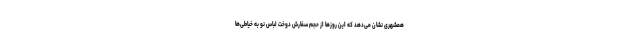
همشهری نشان می‌دهد که این روزها از حجم سفارش دوخت لباس نو به خیاطی‌ها